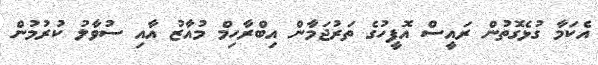
އެކަމާ ގުޅެގޮތުން ރައީސް އޮފީހުގެ ތަރުޖަމާން އިބްރާހިމް މުއާޒު އާއި ސުވާލު ކުރުމުން